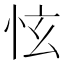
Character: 怰